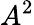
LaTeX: A^{2}